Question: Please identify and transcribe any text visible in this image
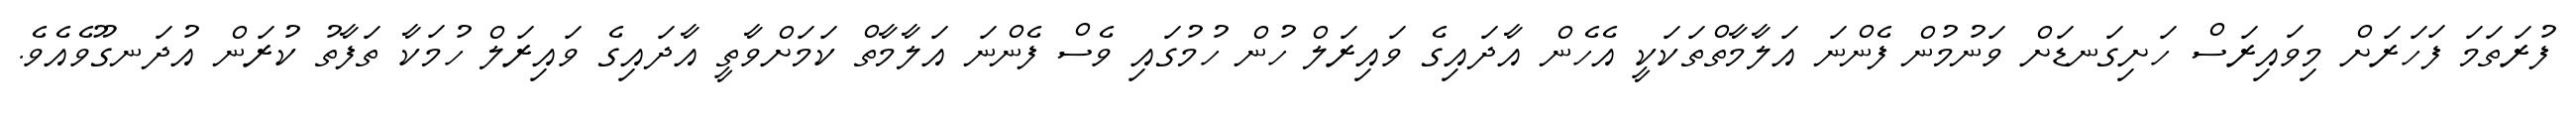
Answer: ފުރަތަމަ ފަހަރަށް މިވައިރަސް ހަށިގަނޑަށް ވަނުމުން ފެންނަ އަލާމާތްތަކަކީ އެހެން އާދައިގެ ވައިރަލް ހުން ހުމުގައި ވެސް ފެންނަ އަލާމާތް ކަމަށްވާތީ އާދައިގެ ވައިރަލް ހުމަކާ ތަފާތު ކުރަން އުދަނގޫވެއެވެ.